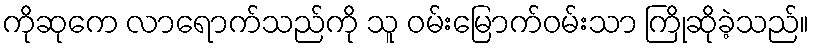
ကိုဆုကေ လာရောက်သည်ကို သူ ဝမ်းမြောက်ဝမ်းသာ ကြိုဆိုခဲ့သည်။